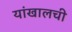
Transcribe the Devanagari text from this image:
यांखालची